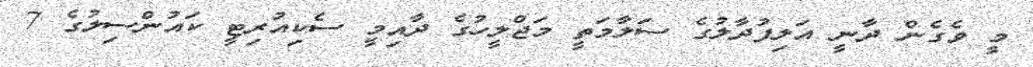
މީ ވެގެން ދާނީ އަލިފުދާލުގެ ސަލާމަތީ މަޖްލީހުގެ ދާއިމީ ސެކިއުރިޓީ ކައުންސިލުގެ 7